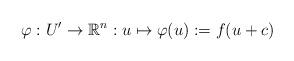
LaTeX: \begin{align*}\varphi:U'\rightarrow \mathbb{R}^n: u\mapsto \varphi(u):=f(u+c)\end{align*}